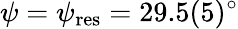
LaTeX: \psi=\psi_{\mathrm{res}}=29.5(5)^{\circ}